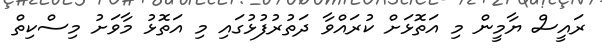
ރައީސް ޔާމީން މި އަތޮޅަށް ކުރައްވާ ދަތުރުފުޅުގައި މި އަތޮޅު މާވަށު މިސްކިތް